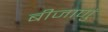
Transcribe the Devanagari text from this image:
बीजाणुं